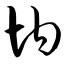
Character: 均